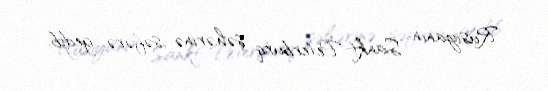
Rusiyanın Sankt-Peterburq şəhərinə səfərə gedib.